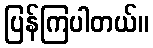
ပြန်ကြပါတယ်။